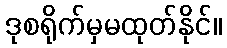
ဒုစရိုက်မှမထုတ်နိုင်။